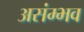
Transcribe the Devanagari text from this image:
असंम्भव